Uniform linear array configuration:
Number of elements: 64
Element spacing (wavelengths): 0.75
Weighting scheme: hann
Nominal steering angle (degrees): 0
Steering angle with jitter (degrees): -0.5745
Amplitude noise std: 0.05
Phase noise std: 0.05

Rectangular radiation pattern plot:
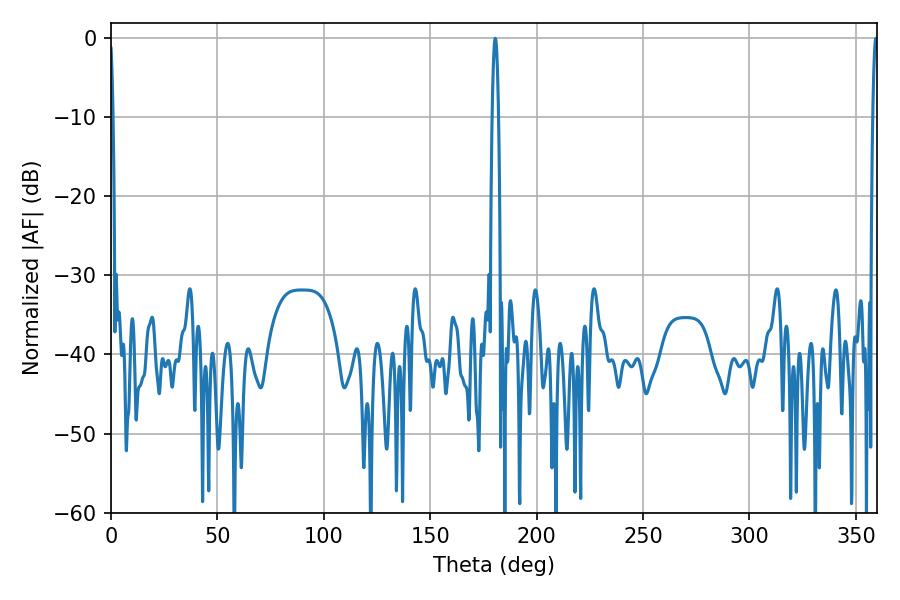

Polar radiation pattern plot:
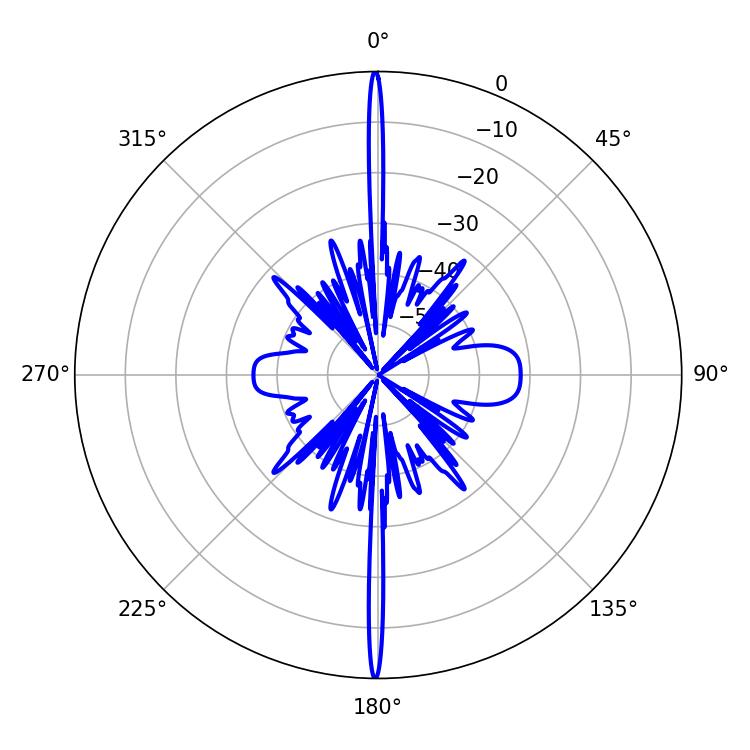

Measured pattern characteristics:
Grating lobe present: TRUE
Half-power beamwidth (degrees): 1.62
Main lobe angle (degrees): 180.54